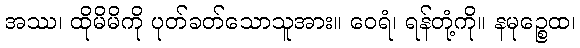
အဿ၊ ထိုမိမိကို ပုတ်ခတ်သောသူအား။ ဝေရံ၊ ရန်တုံ့ကို။ နမုဉ္စေထ၊